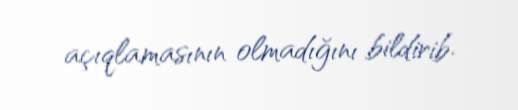
açıqlamasının olmadığını bildirib.